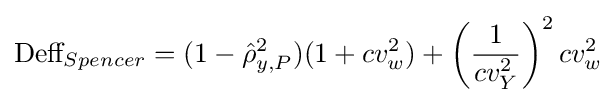
{\text{Deff}}_{Spencer}=(1-{\hat {\rho }}_{y,P}^{2})(1+cv_{w}^{2})+\left({\frac {1}{cv_{Y}^{2}}}\right)^{2}cv_{w}^{2}